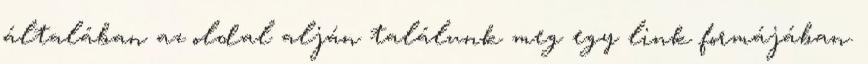
általában az oldal alján találunk meg egy link formájában.